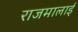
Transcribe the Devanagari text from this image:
राजमालाई